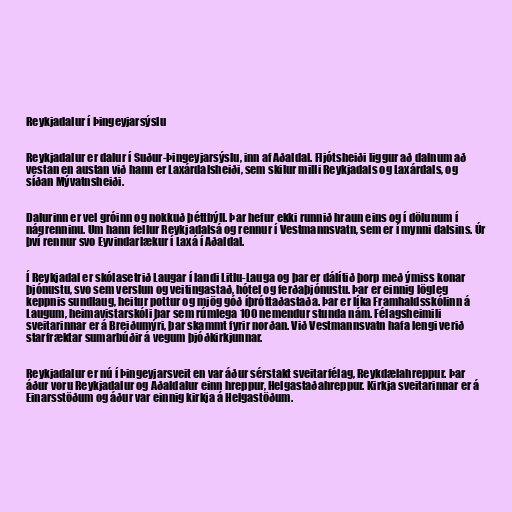
Reykjadalur í Þingeyjarsýslu

Reykjadalur er dalur í Suður-Þingeyjarsýslu, inn af Aðaldal. Fljótsheiði liggur að dalnum að
vestan en austan við hann er Laxárdalsheiði, sem skilur milli Reykjadals og Laxárdals, og
síðan Mývatnsheiði.

Dalurinn er vel gróinn og nokkuð þéttbýll. Þar hefur ekki runnið hraun eins og í dölunum í
nágrenninu. Um hann fellur Reykjadalsá og rennur í Vestmannsvatn, sem er í mynni dalsins. Úr
því rennur svo Eyvindarlækur í Laxá í Aðaldal.

Í Reykjadal er skólasetrið Laugar í landi Litlu-Lauga og þar er dálítið þorp með ýmiss konar
þjónustu, svo sem verslun og veitingastað, hótel og ferðaþjónustu. Þar er einnig lögleg
keppnis sundlaug, heitur pottur og mjög góð íþróttaðastaða. Þar er líka Framhaldsskólinn á
Laugum, heimavistarskóli þar sem rúmlega 100 nemendur stunda nám. Félagsheimili
sveitarinnar er á Breiðumýri, þar skammt fyrir norðan. Við Vestmannsvatn hafa lengi verið
starfræktar sumarbúðir á vegum þjóðkirkjunnar.

Reykjadalur er nú í Þingeyjarsveit en var áður sérstakt sveitarfélag, Reykdælahreppur. Þar
áður voru Reykjadalur og Aðaldalur einn hreppur, Helgastaðahreppur. Kirkja sveitarinnar er á
Einarsstöðum og áður var einnig kirkja á Helgastöðum.